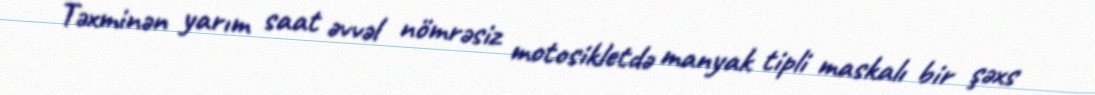
Təxminən yarım saat əvvəl nömrəsiz motosikletdə manyak tipli maskalı bir şəxs